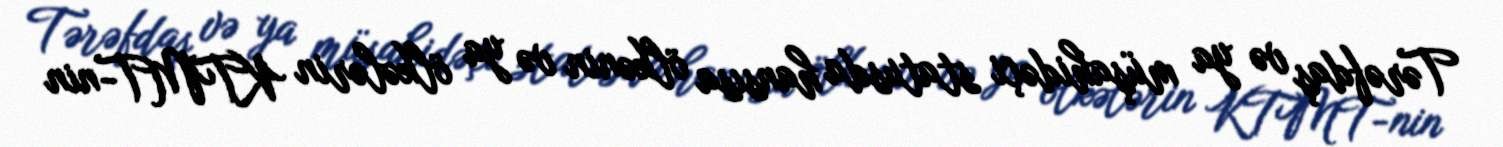
Tərəfdaş və ya müşahidəçi statusda hansısa ölkənin və ya ölkələrin KTMT-nin